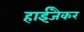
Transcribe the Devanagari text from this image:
हाईजैकर